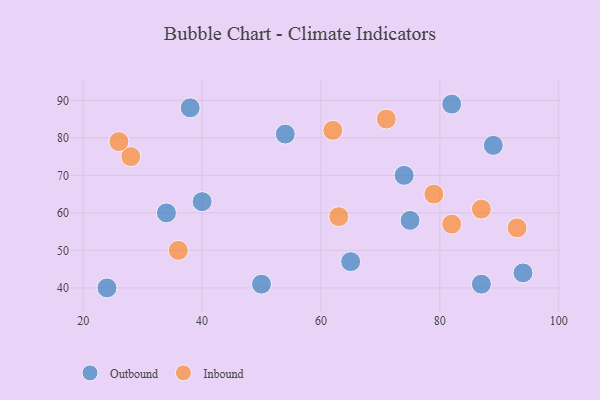
{"axis": {"x": "GDP", "y": "Life Expectancy"}, "legend": ["Inbound", "Outbound"], "data": [{"x": "89", "y": 78, "type": "Outbound"}, {"x": "94", "y": 44, "type": "Outbound"}, {"x": "65", "y": 47, "type": "Outbound"}, {"x": "74", "y": 70, "type": "Outbound"}, {"x": "75", "y": 58, "type": "Outbound"}, {"x": "87", "y": 41, "type": "Outbound"}, {"x": "82", "y": 89, "type": "Outbound"}, {"x": "24", "y": 40, "type": "Outbound"}, {"x": "54", "y": 81, "type": "Outbound"}, {"x": "40", "y": 63, "type": "Outbound"}, {"x": "38", "y": 88, "type": "Outbound"}, {"x": "34", "y": 60, "type": "Outbound"}, {"x": "50", "y": 41, "type": "Outbound"}, {"x": "63", "y": 59, "type": "Inbound"}, {"x": "71", "y": 85, "type": "Inbound"}, {"x": "36", "y": 50, "type": "Inbound"}, {"x": "28", "y": 75, "type": "Inbound"}, {"x": "87", "y": 61, "type": "Inbound"}, {"x": "26", "y": 79, "type": "Inbound"}, {"x": "93", "y": 56, "type": "Inbound"}, {"x": "79", "y": 65, "type": "Inbound"}, {"x": "82", "y": 57, "type": "Inbound"}, {"x": "62", "y": 82, "type": "Inbound"}]}